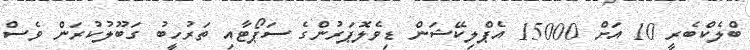
ބްލެކްބެރީ 10 އަށް 15000 އެޕްލިކޭޝަން ޑިވެލޮޕަރުންގެ ސަޕޯޓާއި ތަރުހީބު ގަބޫލުކުރަން ވެސް